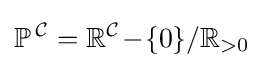
\mathbb {P} ^{\,{\mathcal {C}}}=\mathbb {R} ^{\mathcal {C}}\!-\!\{0\}/\mathbb {R} _{>0}